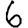
Digit: 6